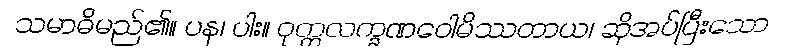
သမာဓိမည်၏။ ပန၊ ပါး။ ဝုတ္တလက္ခဏဝေါမိဿတာယ၊ ဆိုအပ်ပြီးသော